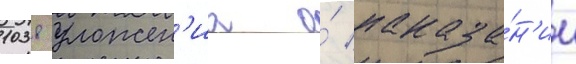
1038 уложен'иа о́ наказа́н'ии